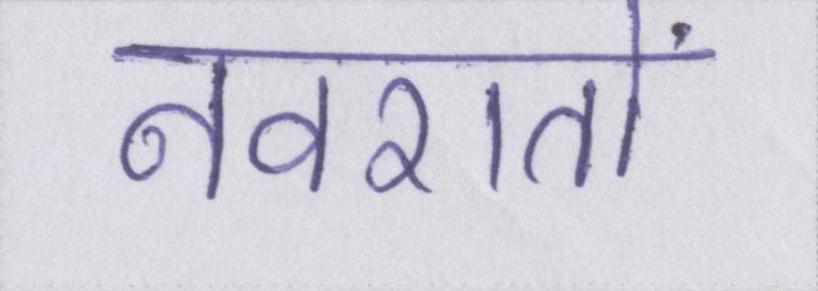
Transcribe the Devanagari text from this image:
नवरातों